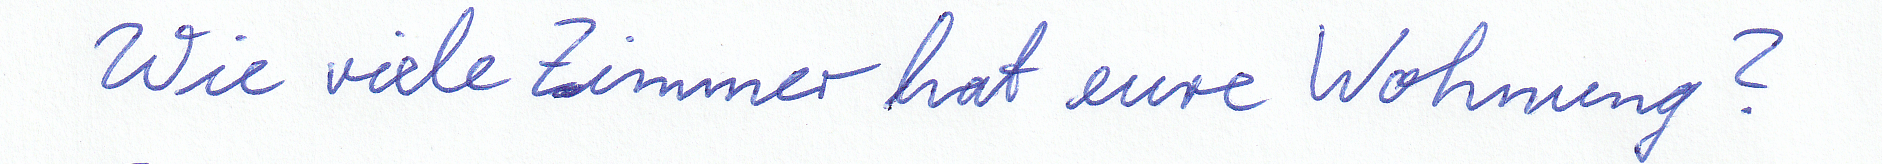
Wie viele Zimmer hat eure Wohnung?